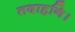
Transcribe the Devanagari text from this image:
तदाहनि।